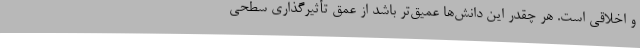
و اخلاقی است. هر چقدر این دانش‌ها عمیق‌تر باشد از عمق تأثیرگذاری سطحی